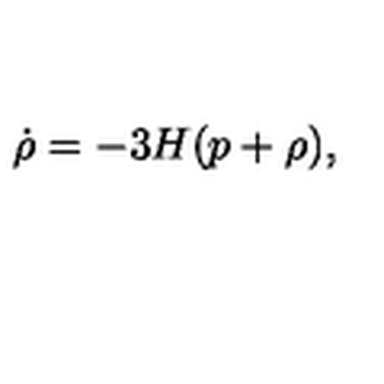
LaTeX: \dot { \rho } = - 3 H ( p + \rho ) ,